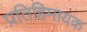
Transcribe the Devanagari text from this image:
प्रतिहिमायक